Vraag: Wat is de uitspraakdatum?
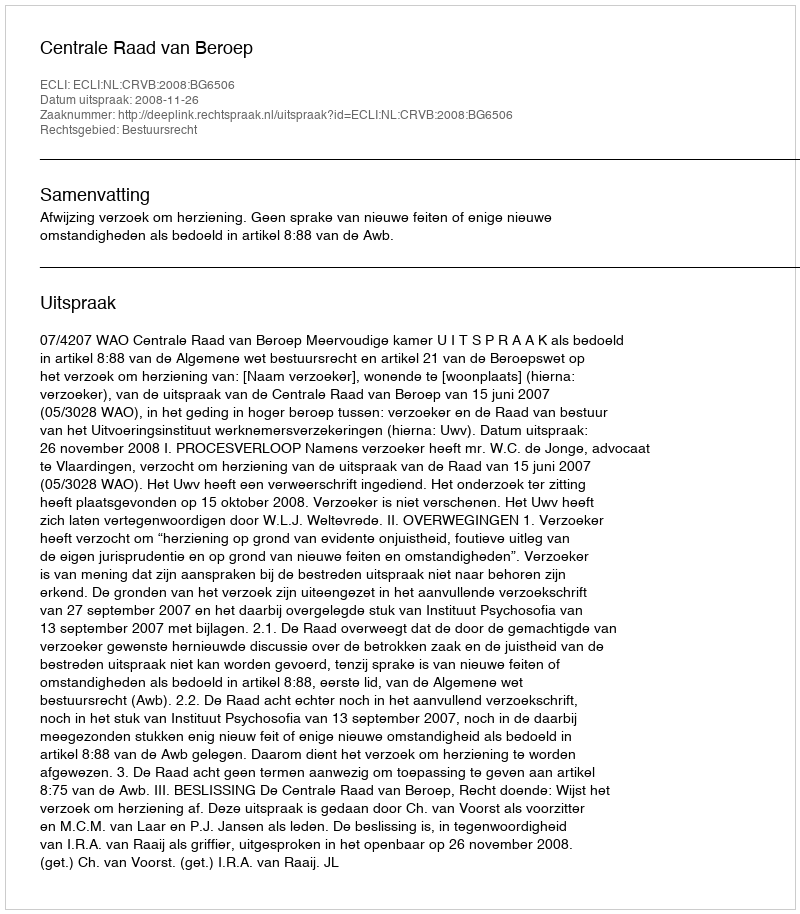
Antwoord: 2008-11-26